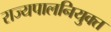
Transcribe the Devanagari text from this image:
राज्यपालनियुक्त